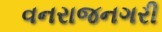
વનરાજનગરી